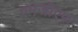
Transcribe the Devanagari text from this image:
एमजीएफ